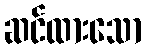
ဆင်ထားသော